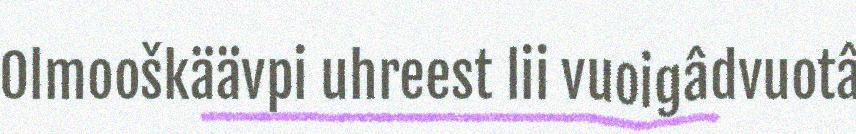
Olmooškäävpi uhreest lii vuoigâdvuotâ